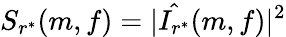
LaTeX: S_{r^{*}}(m,f)=|\hat{I_{r^{*}}}(m,f)|^{2}